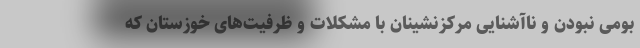
بومی نبودن و ناآشنایی مرکزنشینان با مشکلات و ظرفیت‌های خوزستان که